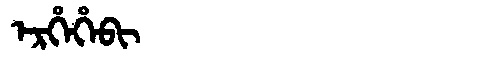
Manchu: ᡝᡵᡥᡝᡥᡝᠪᡳ
Romanization: ERHEHEBI